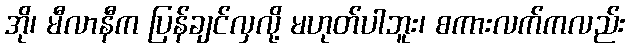
အို၊ မီလာနီက ပြန်ချင်လှလို့ မဟုတ်ပါဘူး၊ စကားလက်ကလည်း